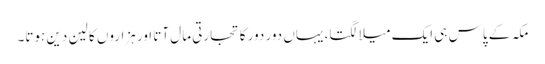
مکہ کے پاس ہی ایک میلا لگتا، یہاں دور دور کا تجارتی مال آتا اور ہزاروں کا لین دین ہوتا۔